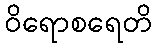
ဝိရောစရေတိ